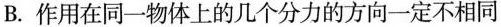
B.作用在同一物体上的几个分力的方向一定不相同